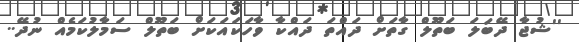
''ޝުޖާ ދޭބަލަ ބަތޫލް ގާތަށް ދައްތަ ދައްކާ ވާހަކައަކަށް ބަތޫލް ސަމާލުކަމެއް ނުދޭ..